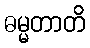
ဓမ္မတာတိ